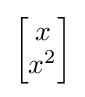
{\begin{bmatrix}x\\x^{2}\end{bmatrix}}